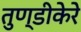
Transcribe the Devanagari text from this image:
तुण्डीकेरे